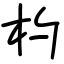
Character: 杓